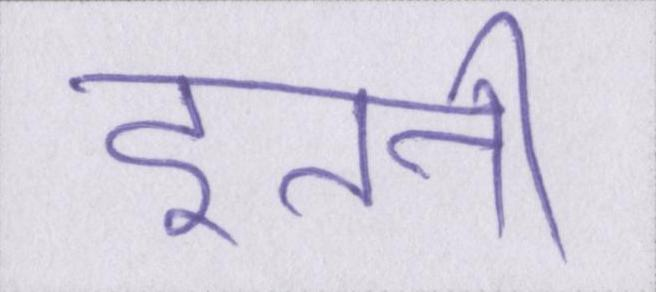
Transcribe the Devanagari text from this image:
इतनी